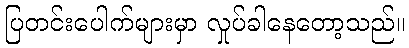
ပြတင်းပေါက်များမှာ လှုပ်ခါနေတော့သည်။